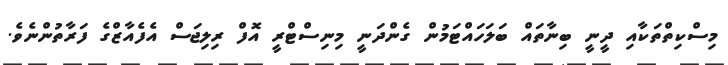
މިސްކިތްތަަކާއި ދީނީ ބިނާތައް ބަލަހައްޓަމުން ގެންދަނީ މިނިސްޓްރީ އޮފް ރިލިޖަސް އެފެއާޒްގެ ފަރާތުންނެވެ.